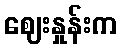
ဈေးနှုန်းက